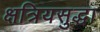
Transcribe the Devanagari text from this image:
क्षत्रियसुद्धा